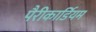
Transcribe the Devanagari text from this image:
पैरीकार्डियम